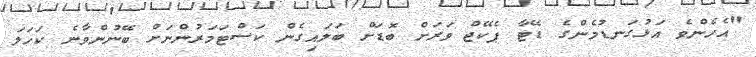
"އެހެންވެ އަޅުގަނޑުމެންގެ ޑޭޓާ ޕެކޭޖް ވަރަށް ބޮޑަށް ބަލައިގެން ކަސްޓަމަރުންނަށް ބޭނުންވާނެ ކަހަލަ